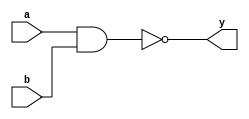
module sn74ls132(y, a, b);
input a, b;
output y;
parameter
	// TI TTL data book Vol 1, 1985
	tPLH_min=0, tPLH_typ=15, tPLH_max=22,
	tPHL_min=0, tPHL_typ=15, tPHL_max=22;

	nand #(tPLH_min : tPLH_typ : tPLH_max,
		   tPHL_min : tPHL_typ : tPHL_max)
	(y, a, b);

endmodule